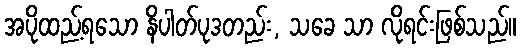
အပိုထည့်ရသော နိပါတ်ပုဒတည်း, သခေ သာ လိုရင်းဖြစ်သည်။